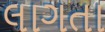
લાગતા